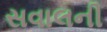
સવાલની